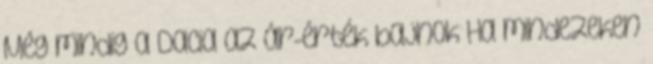
Még mindig a Dacia az ár-érték bajnok Ha mindezeken